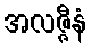
အလဇ္ဇီနံ